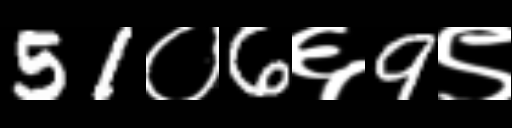
Text: 51०6६9९